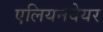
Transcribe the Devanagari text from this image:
एलियनवेयर